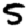
Digit: 5